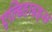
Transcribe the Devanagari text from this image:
एल्डिहाइड्स